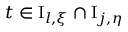
t \in \mathrm { I } _ { l , \xi } \cap \mathrm { I } _ { j , \eta }